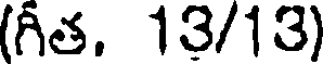
(గీత, 13/13)